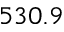
5 3 0 . 9